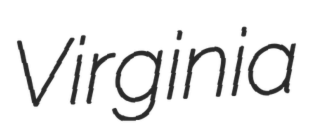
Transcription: Virginia